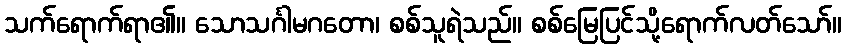
သက်ရောက်ရာ၏။ သောသင်္ဂါမဂတော၊ စစ်သူရဲသည်။ စစ်မြေပြင်သို့ရောက်လတ်သော်။